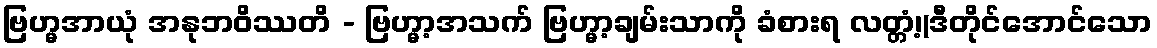
ဗြဟ္မအာယုံ အနုဘဝိဿတိ - ဗြဟ္မာ့အသက် ဗြဟ္မာ့ချမ်းသာကို ခံစားရ လတ္တံ့၊(ဒီတိုင်အောင်သော